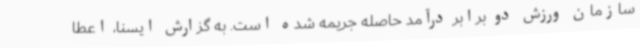
سازمان ورزش دو برابر درآمد حاصله جریمه شده است. به گزارش ایسنا، اعطا